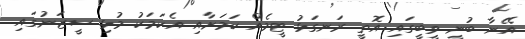
އޭނާ ބުނީ ވީބީގައި އޮތީ ރަނގަޅު ޓީމެއް ކަމަށާއި އެކަމަކު މުޅި ސީޒަނުގައި